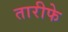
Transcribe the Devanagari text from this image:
तारीफे